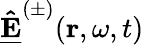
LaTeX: \mathbf{\underline{{\hat{E}}}}^{(\pm)}(\mathbf{r},\omega,t)